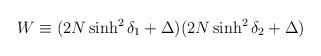
LaTeX: \begin{align*}W \equiv (2N\sinh^2\delta_1 +\Delta)(2N\sinh^2\delta_2 +\Delta)\end{align*}